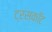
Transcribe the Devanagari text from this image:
ट्रस्कॉट